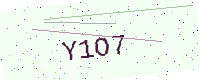
Text: Y1O7